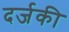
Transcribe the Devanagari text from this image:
दर्जकी